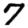
Digit: 7